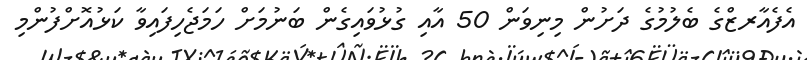
އެފެއާރޒްގެ ބެލުމުގެ ދަށުން މިނިވަން 50 އާއި ގުޅުވައިގެން ބަނުމަށް ހަމަޖެހިފައިވާ ކަޅުއޮށްފުންމި